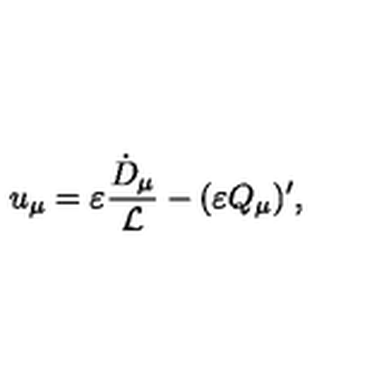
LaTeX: u _ { \mu } = \varepsilon \frac { \dot { D } _ { \mu } } { { \cal L } } - ( \varepsilon Q _ { \mu } ) ^ { \prime } ,